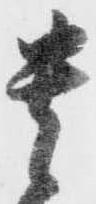
貴